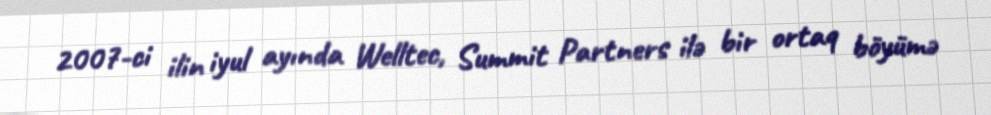
2007-ci ilin iyul ayında Welltec, Summit Partners ilə bir ortaq böyümə